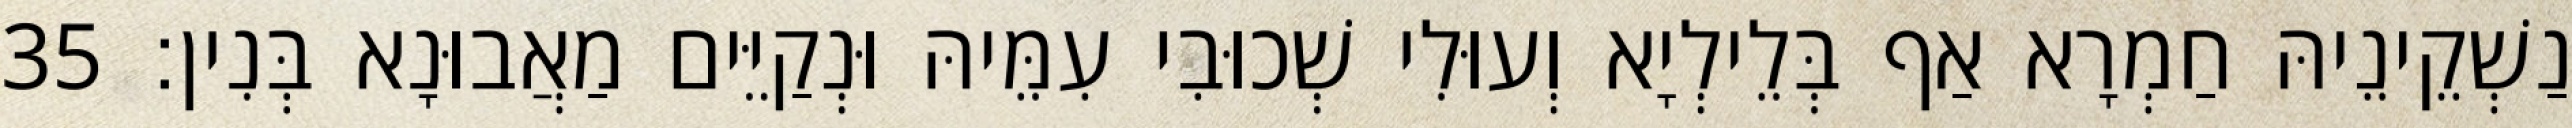
נַשְׁקֵינֵיהּ חַמְרָא אַף בְּלֵילְיָא וְעוּלִי שְׁכוּבִי עִמֵּיהּ וּנְקַיֵּים מַאֲבוּנָא בְּנִין׃ 35